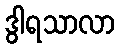
ဒွါရသာလာ